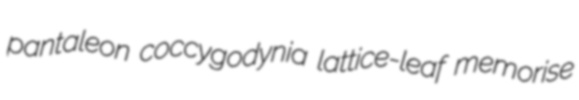
pantaleon coccygodynia lattice-leaf memorise